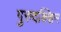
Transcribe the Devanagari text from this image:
गुरुदक्शिन